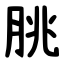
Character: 脁